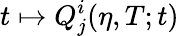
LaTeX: t\mapsto Q_{j}^{i}(\eta,T;t)